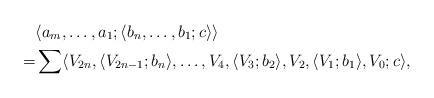
LaTeX: \begin{align*}&\langle a_m,\dots,a_1;\langle b_n,\dots,b_1;c\rangle\rangle\\=&\sum \langle V_{2n},\langle V_{2n-1};b_n\rangle,\dots,V_4,\langle V_3;b_2\rangle, V_2,\langle V_1;b_1\rangle,V_0;c\rangle,\end{align*}